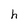
Character: h